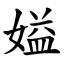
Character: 㜋